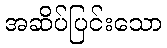
အဆိပ်ပြင်းသော